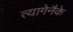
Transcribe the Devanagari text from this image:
त्यागेनैके